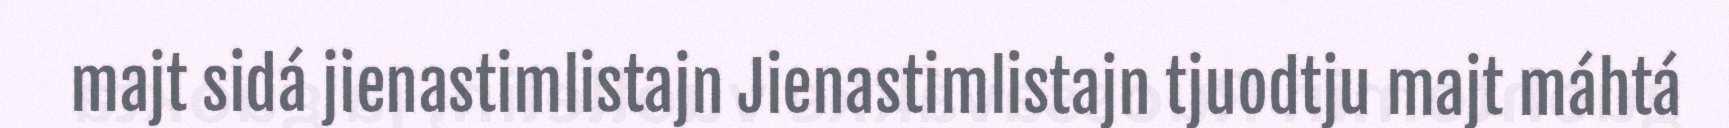
majt sidá jienastimlistajn Jienastimlistajn tjuodtju majt máhtá